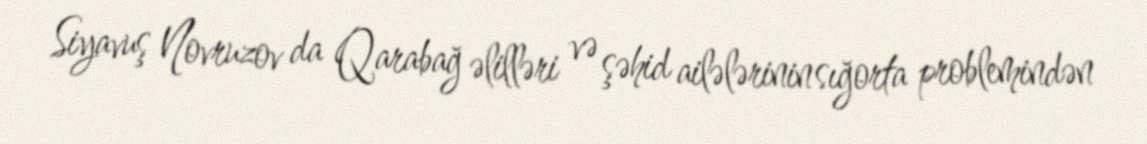
Siyavuş Novruzov da Qarabağ əlilləri və şəhid ailələrinin sığorta problemindən